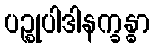
ပဉ္စုပါဒါနက္ခန္ဓာ